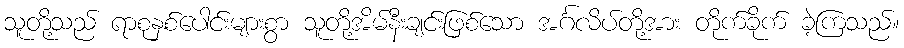
သူတို့သည် ရာစုနှစ်ပေါင်းများစွာ သူတို့အိမ်နီးချင်းဖြစ်သော အင်္ဂလိပ်တို့အား တိုက်ခိုက် ခဲ့ကြသည်။